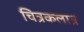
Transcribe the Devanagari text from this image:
चित्रकलात्र